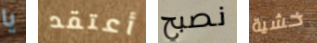
يا أعتقد نصبح خشية